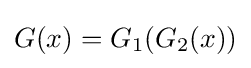
G(x)=G_{1}(G_{2}(x))